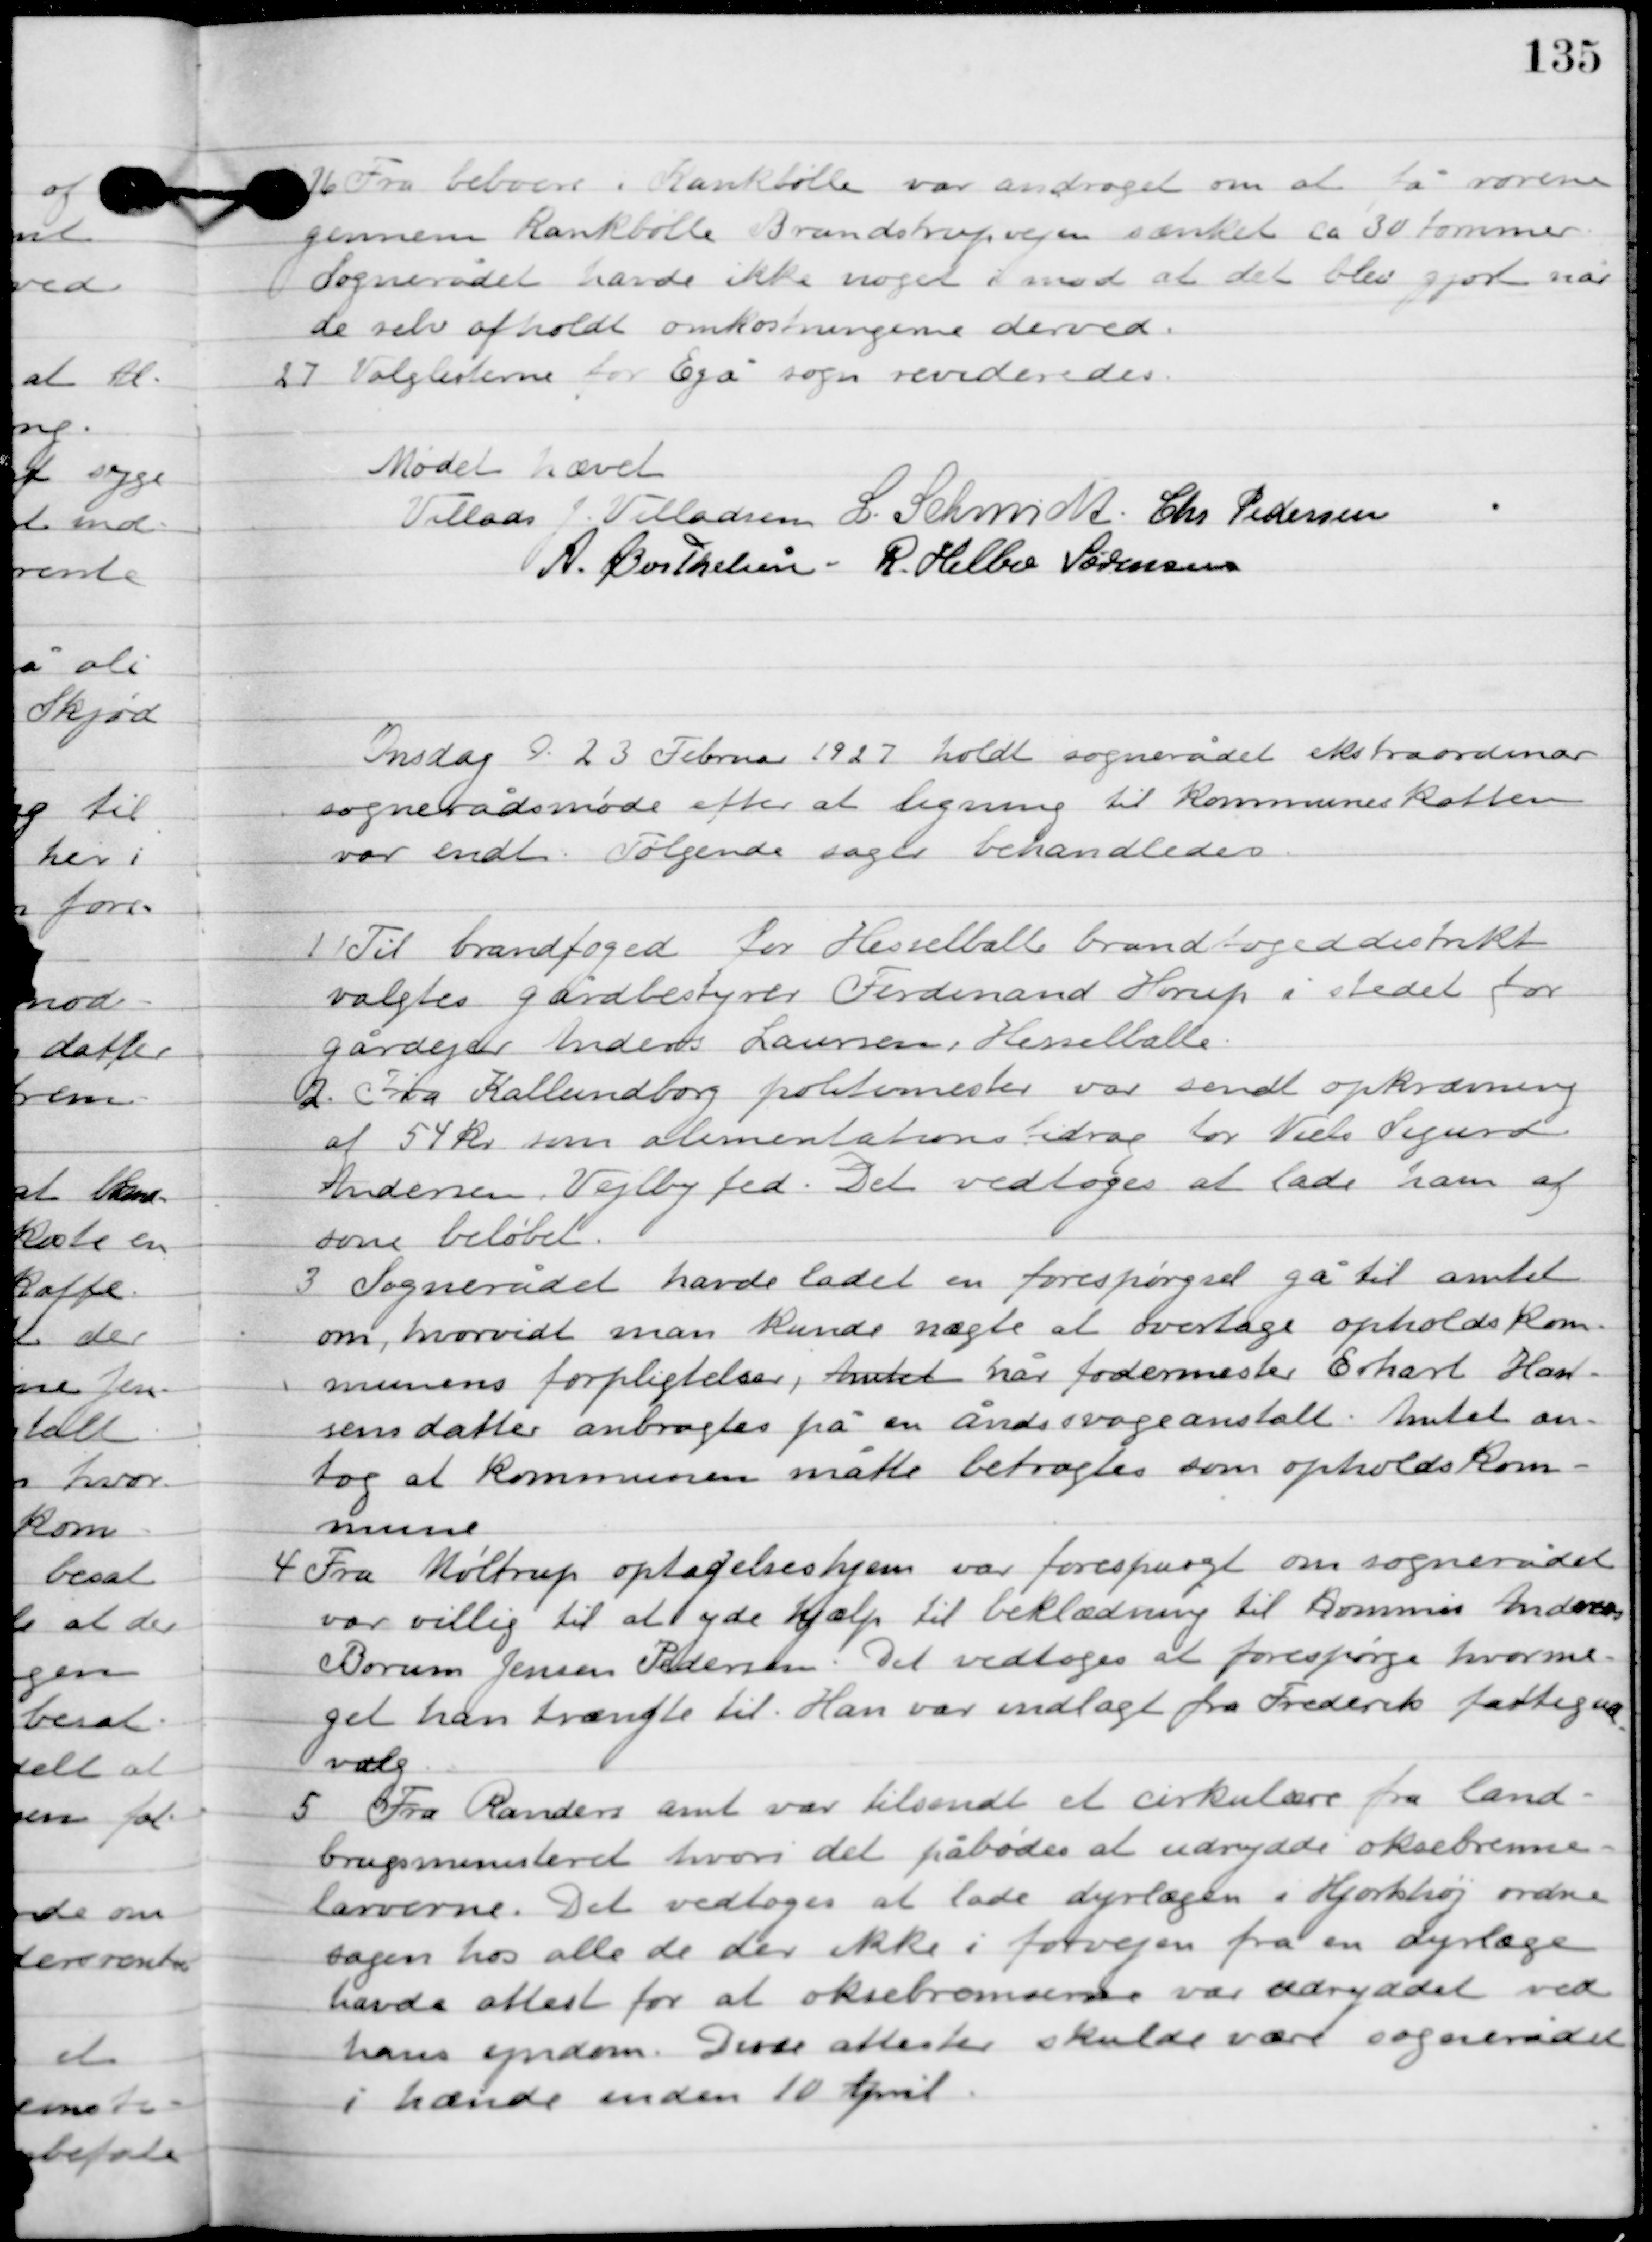
Transskription:
26

Fra beboerne i Kankbølle var andraget om at for Søren
Jensen Kankbølle Brandstrupvejen sænket ca. 30 tommer.
Sognerådet have ikke noget imod at det blev gjort når
de selv afholdt omkostningerne derved.

27

Valglisterne for Egå sogn revideredes.

Mødet hævet.

Villads J. Villadsen
I. Schmidt
Chr. Pedersen
A. Berthelsen
R. Helbo Sørensen

Onsdag D. 23. Februar 1927 holdt sognerådet ekstraordinær
sognerådsmøde efter at ligning til Kommuneskatten
var endt. Følgende sager behandledes.

1

Til brandfoged for Hesselballe brandfogeddistrikt
valgtes gårdbestyrer Ferdinand Horup i stedet for
gårdejer Anders Laursen, Hesselballe.

2

Fra Kalundborg politimester var sendt opkrævning
af 54 kr. som alimentationsbidrag for Niels Sigurd
Andersen, Viby fed. Det vedtoges at lade ham af-
sone beløbet.

3

Sognerådet havde ladet en forespørgsel gå til amtet
om, hvorvidt man kunde nægte at overtage opholdskom-
munens forpligtelser, hvilket når fodermester Erhart Han-
sens datter anbragtes på en åndsvageanstalt Amtet an-
tog at kommunen måtte betragtes som opholdskom-
mune.

4

Fra Møltrup optagelseshjem var forespurgt om sognerådet
var villig til at yde hjælp til beklædning til kommis Anders
Borum Jensen Pedersen. Det vedtoges at forespørge hvorme-
get han trængte til. Han var indlagt fra Frederik fattigud-
valg.

5

Fra Randers amt var tilsendt et cirkulære fra land-
brugsministeriet hvori det på bødes at udrydde oksebremse-
laverne. Det vedtoges at lade dyrelægen i Hjortshøj ordne
sagen hos alle de der ikke i forvejen fra en dyrelæge
havde attest for at oksebræmmen var udryddet ved
hans ejendom. Disse attester skulde være sognerådet
i hænde inden 10 April.